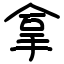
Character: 拿